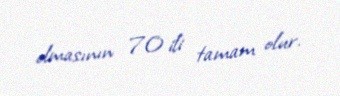
olmasının 70 ili tamam olur.